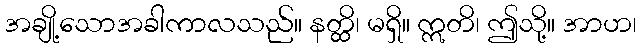
အချို့သောအခါကာလသည်။ နတ္ထိ၊ မရှိ။ ဣတိ၊ ဤသို့။ အာဟ၊